Vabadussoja_Ajaloo_Komitee, lk 75
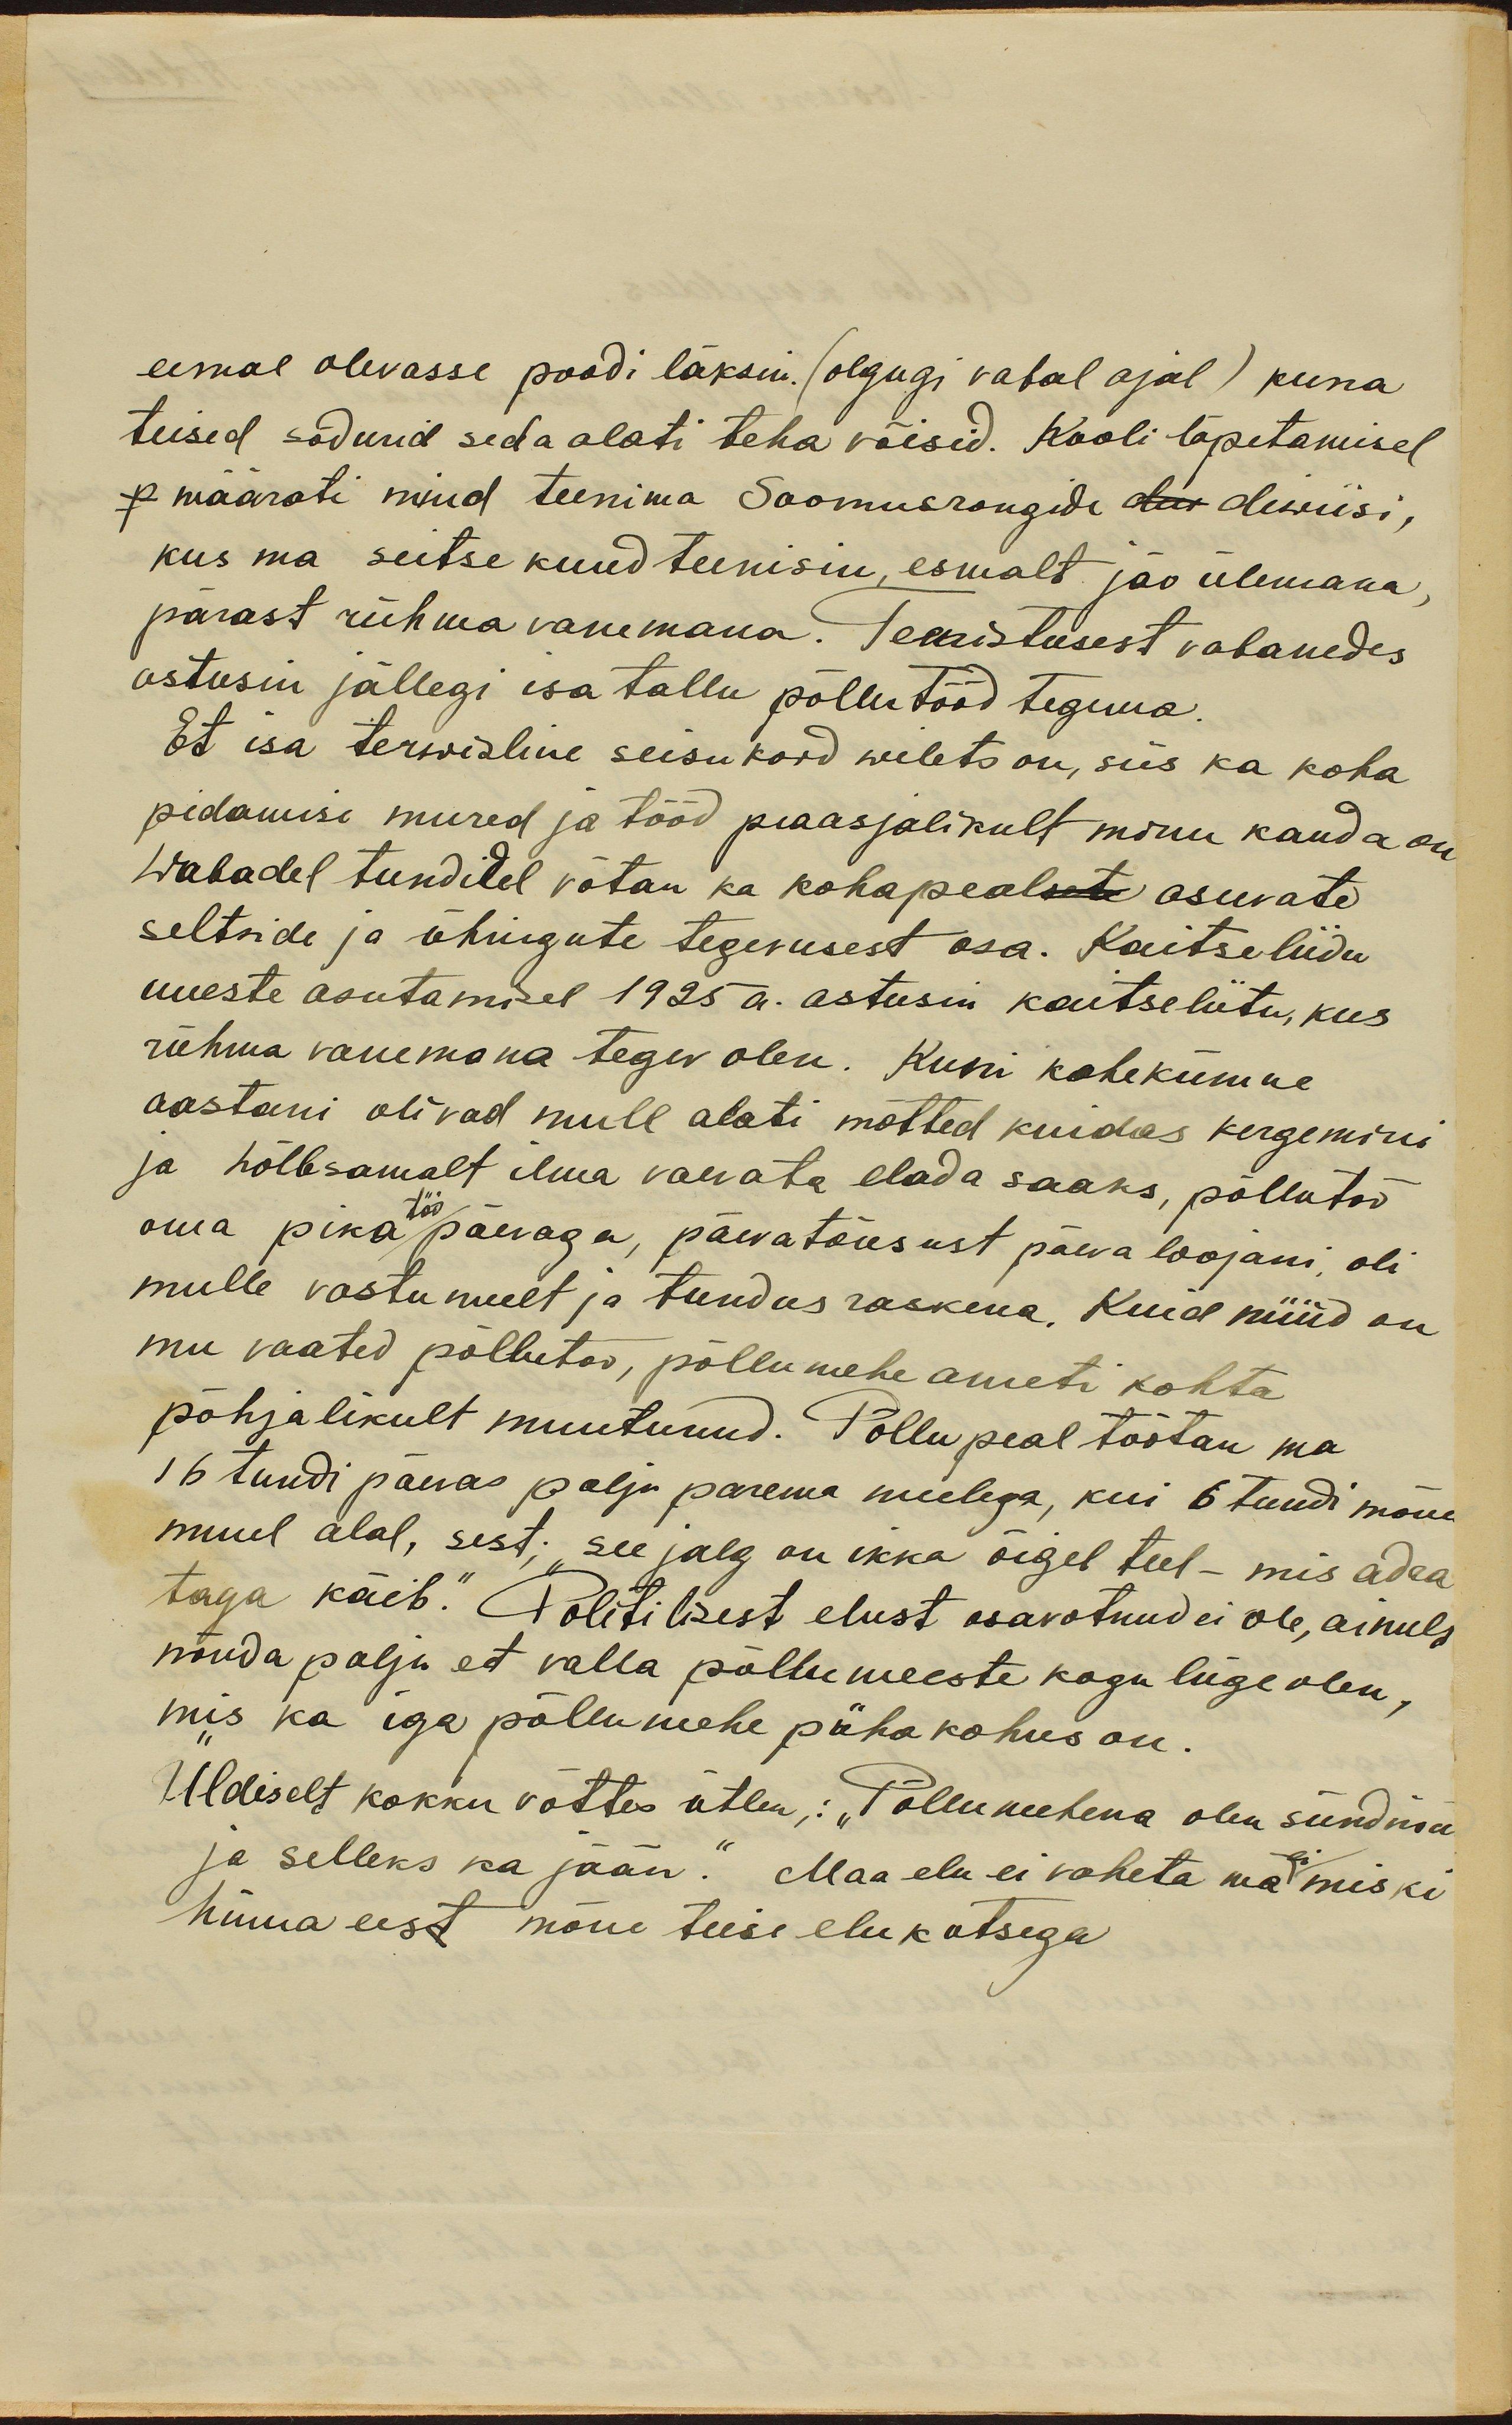
eemal olevasse poodi läksin. (olgugi vabal ajal) kuna
teised sõdurid seda alati teha võisid. Kooli lõpetamisel
määrati mind teenima Soomusrongide dav diviisi,
kus ma seitse kuud teenisin, esmalt jäo ülemana,
pärast rühma vanemana. Teenistusest vabanedes
astusin jällegi isa tallu põllutööd tegema.
Et isa terwisline seisukord wilets on, siis ka koha
pidamise mured ja tööd peaasjalikult minu kanda on
wabadel tundidel võtan ka kohapealsete asuvate
seltside ja ühingute tegevusest osa. Kaitseliidu
uueste asutamisel 1925 a. astusin kaitseliitu, kus
rühma vanemana tegev olen. Kuni kahekümne
aastani olivad mull alati mõtted kuidas kergemini
ja hõlbsamalt ilma vaevata elada saaks, põllutöö
töö
oma pika päevaga, päeva tõusust päeva loojani, oli
mulle vastu meelt ja tundus raskena. Kuid nüüd on
mu vaated põllutöö, põllumehe ameti kohta
põhjalikult muutunud. Põllu peal töötan ma
16 tundi päevas palju parema meelega, kui 6 tundi mõne
muul alal, sest; „see jalg on ikka õigel teel - mis adra
taga käib.“ Politilisest elust osavotnud ei ole, ainult
nõnda palju, et valla põllumeeste kogu liige olen,
mis ka iga põllumehe püha kohus on.
Üldiselt kokku võttes ütlen: „Põllumehena olen sündinu
ei
ja selleks ka jään." Maa elu ei vaheta ma miski
hinna eest mõne teise elukutsega